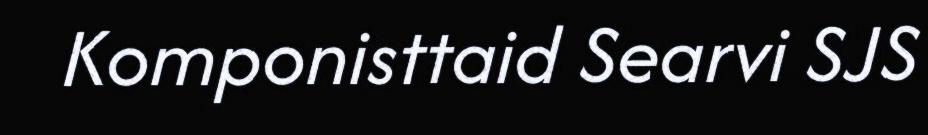
Komponisttaid Searvi SJS